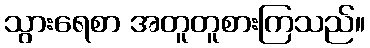
သွားရေစာ အတူတူစားကြသည်။